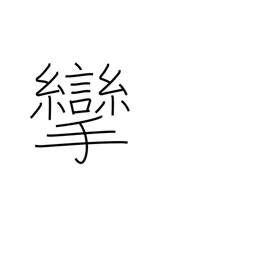
Meaning: bent